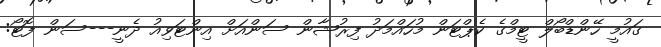
ގައުމީ ހޭންޑްބޯލް ޓީމްގެ ކެޕްޓަން މުހައްމަދު ފިރުޝާން ސަންއަށް އިންޓަވިއު ދެނީ---ސަން ފޮޓޯ: